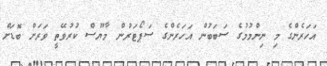
އަހަރެންގެ މި ނިންމުމުގެ ސަބަބުން އަހަރެންގެ ސަޕޯޓަރުން މާޔޫސް ކުރުވޭތީ ވަރަށް ބޮޑަށް